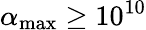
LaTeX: \alpha_{\mathrm{max}}\geq 10^{10}